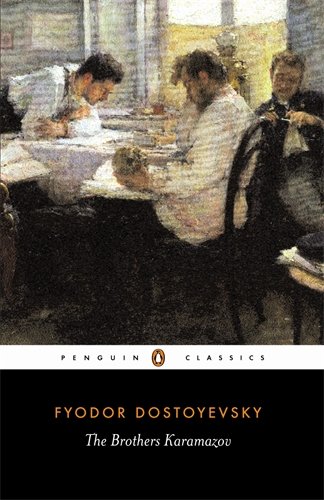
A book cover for The Brothers Karamazov: A Novel in Four Parts and an Epilogue (Penguin Classics); Fyodor Dostoyevsky; Mystery, Thriller & Suspense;